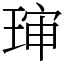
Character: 㻘